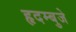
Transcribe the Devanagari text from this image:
हृदम्बुजे